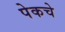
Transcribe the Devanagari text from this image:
पेकचे